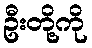
ဦးတို့ကို